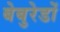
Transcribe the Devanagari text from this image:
बेबुरेडों